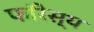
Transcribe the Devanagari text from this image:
फॉरेस्य